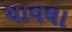
ચાવલા